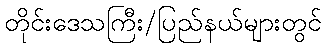
တိုင်းဒေသကြီး/ပြည်နယ်များတွင်